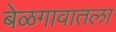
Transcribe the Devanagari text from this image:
बेळगावातला